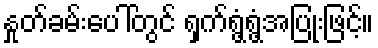
နှုတ်ခမ်းပေါ်တွင် ရှက်ရွံ့ရွံ့အပြုံးဖြင့်။